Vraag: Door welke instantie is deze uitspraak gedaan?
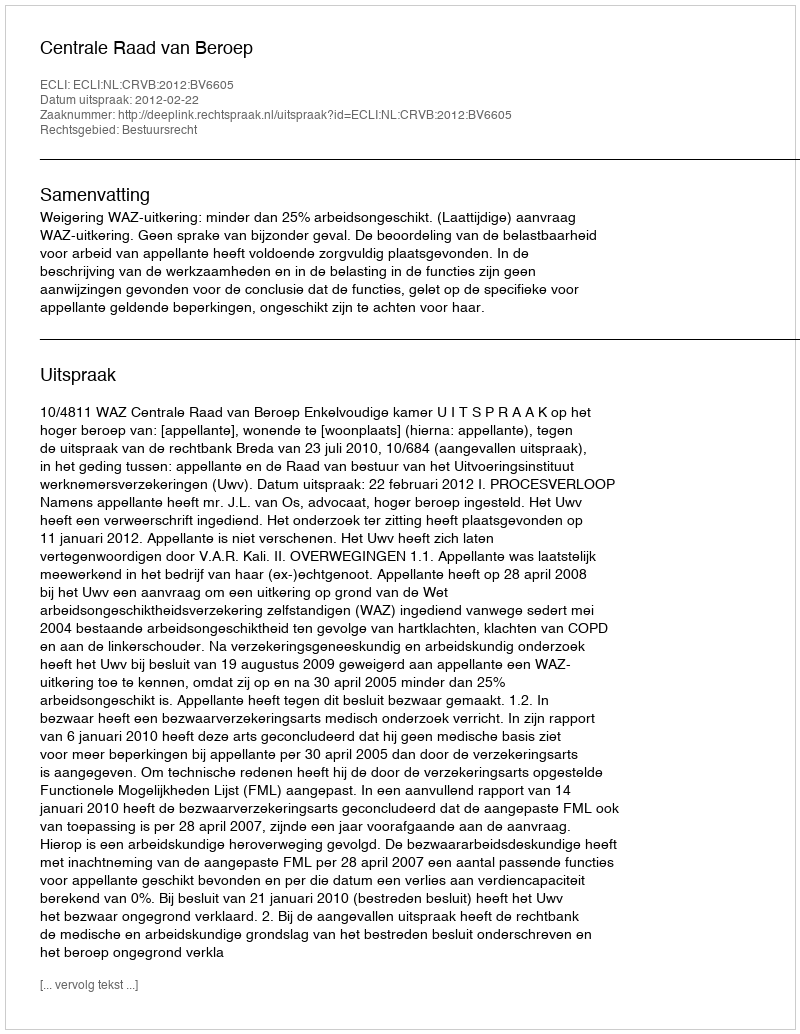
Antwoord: Centrale Raad van Beroep